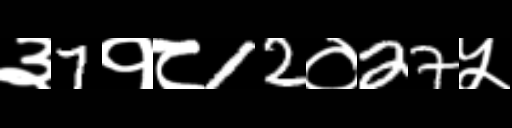
Text: ३7१८12०27५